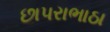
છાપરાભાઠા